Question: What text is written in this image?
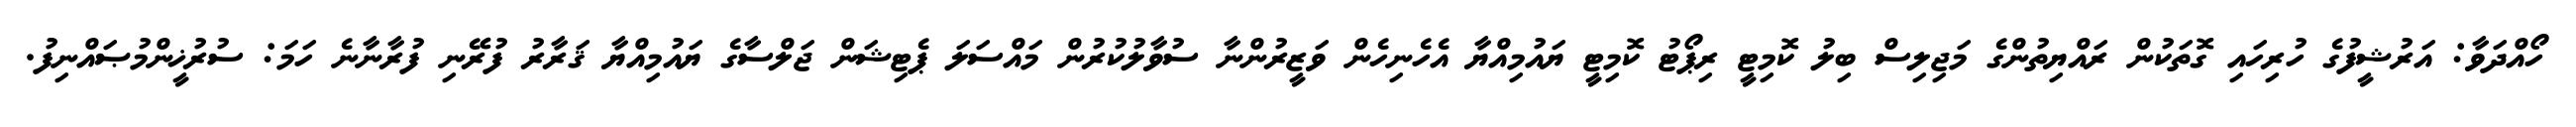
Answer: ހޯއްދަވާ: އަރުޝީފުގެ ހުރިހައި ގޮތަކުން ރައްޔިތުންގެ މަޖިލިސް ބިލު ކޮމިޓީ ރިޕޯޓު ކޮމިޓީ ޔައުމިއްޔާ އެހެނިހެން ވަޒީރުންނާ ސުވާލުކުރުން މައްސަލަ ޕެޓިޝަން ޖަލްސާގެ ޔައުމިއްޔާ ޤަރާރު ފުރޭނި ފުރާނާނެ ހަމަ: ސުރުޚީންމުޞައްނިފު.